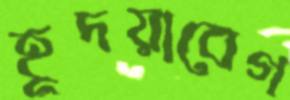
হূদয়াবেগ